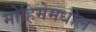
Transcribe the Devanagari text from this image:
मोहिमेमधील